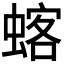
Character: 𫋍